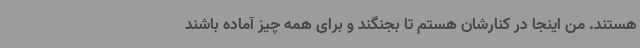
هستند. من اینجا در کنارشان هستم تا بجنگند و برای همه چیز آماده باشند